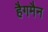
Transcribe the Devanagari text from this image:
हैगमैन